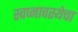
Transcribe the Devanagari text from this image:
स्वप्नावस्थेचा